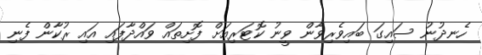
ހެނދުނު ސައިގަ ބައިވެރިވާން ވީނު ކޮޓަރިއަށް ފޮށިތައް ވައްދާފައި އައި ރުކާން ފެނި